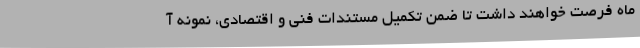
ماه فرصت خواهند داشت تا ضمن تکمیل مستندات فنی و اقتصادی، نمونه‌ آ